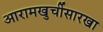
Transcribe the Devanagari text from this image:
आरामखुर्चीसारखा